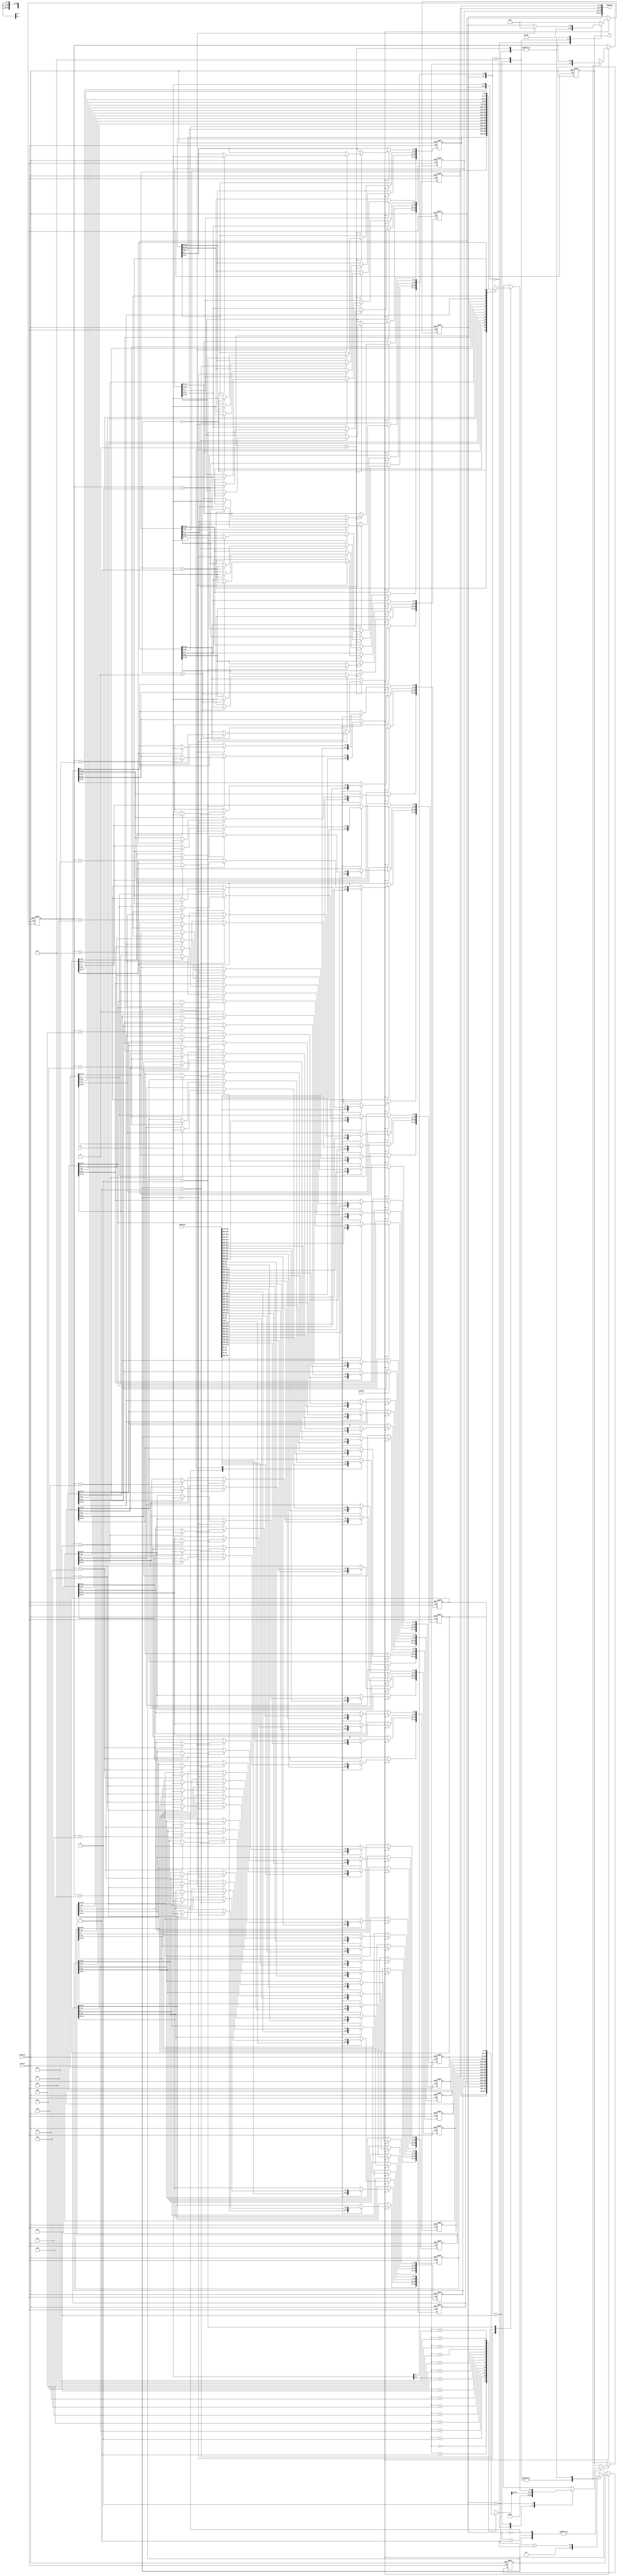
module spi_msg_if #( parameter nrRWregs = 4,
	                  parameter nrROregs = 12 )  // total should be <= 15
                   ( input wire sysClk,
						   input wire usrReset,
						   input wire rxValid,        // BYTE data is valid
					      input wire [7:0] rx,       // BYTE data received
						   output reg [7:0] tx,       // BYTE data to transmit
						   output wire [nrRWregs*32-1:0] rwRegs1D, // MESSAGE read/write registers (as 1D vector)
						   input wire [nrROregs*32-1:0] roRegs1D); // MESSAGE read only registers (as 1D vector)

   localparam [7:0] CMD_STATUS  = 8'b00000000,
                    CMD_RDREG   = 8'b1000xxxx,
						  CMD_WRREG   = 8'b1100xxxx,
						  CMD_ANY     = 8'bxxxxxxxx;
						
   localparam [3:0] STATE_IDLE     = 4'd0,
                    STATE_TXSTATUS = 4'd1,
 						  STATE_TXREGVAL = 4'd2,
						  STATE_RXREGVAL = 4'd3;

   reg [31:0] registers [0:15];    // 16 registers of 32-bits

   reg [3:0] state = STATE_IDLE, nState; // current and next state
   reg [3:0] regId = 4'bxxxx, nRegId;    // current and next register index
   reg [1:0] byteId = 2'bxx, nByteId;    // current and next byte id within the 32-bit register word
	
   reg [7:0] nRx;  // byte received (to be stored in register)
   reg [7:0] nTx;  // next byte to transmit

	integer ii;
   reg dontcare = 1'bx;

   // FSM next state logic
   always @(*)
      casex ( {state, rx} )
	      {STATE_IDLE, CMD_STATUS}:  // read status command
		      begin 
				   nState = STATE_TXSTATUS;    
				   nRegId = 4'bxxxx;
				   nByteId = 2'dx;
				   nTx = 8'h5A;  // pseudo status
				   nRx = 8'hxx;
				end
	      {STATE_TXSTATUS, CMD_ANY}:  // transmit status
		      begin 
		         nState = STATE_IDLE; 
				   nRegId = 4'bxxxx;
				   nByteId = 2'dx;
					nTx = 8'hxx;
					nRx = 8'hxx;
				end

			{STATE_IDLE, CMD_RDREG}:  // read register command
		      begin 
				   nState = STATE_TXREGVAL;    
					nRegId = rx[3:0];
				   nByteId = 2'd0;
					nTx = registers[nRegId][31:24];
					nRx = 8'hxx;
				end
			{STATE_TXREGVAL, CMD_ANY}:  // transmit register value cont'd
		      begin
				   nState = ( byteId == 2'd3 ) ? STATE_IDLE : state;    
					nRegId = regId;
				   { dontcare, nByteId } = byteId + 1;
					case (byteId) 
						2'd0: nTx = registers[regId][23:16];
						2'd1: nTx = registers[regId][15:8];
						2'd2: nTx = registers[regId][7:0];
						2'd3: nTx = 8'hxx;
					endcase
					nRx = 8'hxx;
				end

			{STATE_IDLE, CMD_WRREG}:  // write register command
		      begin 
				   nState = STATE_RXREGVAL;    
					nRegId = rx[3:0];
				   nByteId = 2'd0;
					nTx = 8'hxx;
					nRx = rx;
				end
         {STATE_RXREGVAL, CMD_ANY}:  // receive register value
		      begin
				   nState = (byteId == 2'd3 ) ? STATE_IDLE : state;    
					nRegId = regId;
				   {dontcare, nByteId} = byteId + 1;
					nTx = 8'hxx;
					nRx = rx;
				end

			default: 
		      begin
					nState = STATE_IDLE;
					nRegId = 4'bxxxx;
				   nByteId = 2'dx;
					nTx = 8'hxx;
					nRx = 8'hxx;
				end
		endcase

   // FSM current state logic
   always @(posedge sysClk or posedge usrReset)
		if( usrReset )
			begin
				state <= STATE_IDLE;
				regId <= 4'bxxxx;
				byteId <= 2'dx;
			end  
		else
			if ( rxValid )
				begin
					state <= nState;
					regId <= nRegId;
					byteId <= nByteId;
				end

	// flatten the 2D registers array into two 1D arrays
	// (2D arrays need to be passed as 1D vector between modules)
	genvar nn;
	wire [31:0] roRegs2D[0:nrROregs-1];
	generate
		for ( nn = 0; nn < nrRWregs; nn = nn + 1)
			begin :nnRW
				assign rwRegs1D[32*nn+31:32*nn] = registers[nn];  // flatten
			end
		for ( nn = 0; nn < nrROregs; nn = nn + 1)
			begin :nnRO
				assign roRegs2D[nn] = roRegs1D[32*nn+31:32*nn];  // inflate
			end
	endgenerate
		
   // Data path: for next, current state and output logic
   always @(posedge sysClk or posedge usrReset)
		if( usrReset )
			begin
				for ( ii = 0; ii < 16; ii = ii + 1 )
					registers[ii] <= 32'b0;
				tx <= 8'hx;
			end  
		else
			if ( rxValid )
				case (state) 
					STATE_IDLE: // tx register value for CMD_WRREG
						begin
							for ( ii = 0; ii < nrROregs; ii = ii + 1 )
								registers[ii+nrRWregs] <= roRegs2D[ii];
							tx <= nTx;
						end
					STATE_TXSTATUS,
					STATE_TXREGVAL:
						tx <= nTx;
					STATE_RXREGVAL:
						begin
							case (byteId)
								0: registers[regId][31:24] <= nRx;
								1: registers[regId][23:16] <= nRx;
								2: registers[regId][15: 8] <= nRx;
								3: registers[regId][ 7: 0] <= nRx;
							endcase
						end
				endcase
	
endmodule